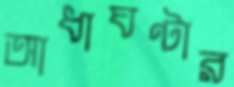
আধাঘণ্টার